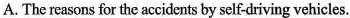
A. The reasons for the accidents by self-driving vehicles.